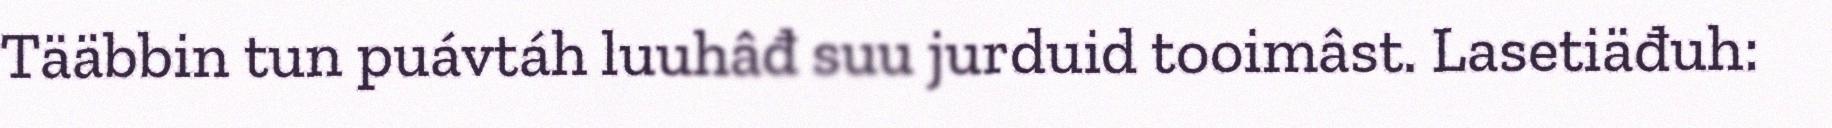
Tääbbin tun puávtáh luuhâđ suu jurduid tooimâst. Lasetiäđuh: